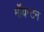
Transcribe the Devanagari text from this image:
मॉयन्टन